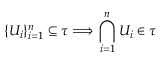
\{ U _ { i } \} _ { i = 1 } ^ { n } \subseteq \tau \Longrightarrow \bigcap _ { i = 1 } ^ { n } U _ { i } \in \tau \qquad